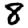
Digit: 8